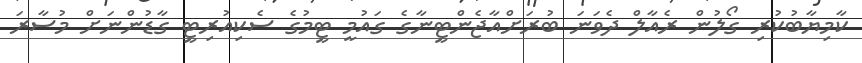
ކާމިޔާބުކުރި ގޯލުން ރެއާލް ދެވަނަ ބުރަށްއާޖެންޓީނާގެ ގައުމީ ޓީމުގެ ސެކިއުރިޓީ ގާޑުންނަށް މުސާރަ